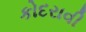
કોદરાવી